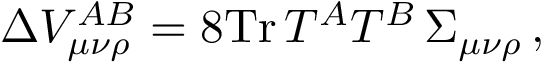
\Delta V _ { \mu \nu \rho } ^ { A B } = 8 \mathrm { T r } \, T ^ { A } T ^ { B } \, \Sigma _ { \mu \nu \rho } \, ,